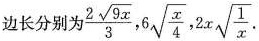
边长分别为 \frac{2 \sqrt{9x}}{3},6 \sqrt{ \frac{x}{4}},2x \sqrt{ \frac{1}{x}}.